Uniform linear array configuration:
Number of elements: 24
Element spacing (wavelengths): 0.75
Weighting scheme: blackman
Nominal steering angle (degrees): -15
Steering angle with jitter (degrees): -15.433
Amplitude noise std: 0.05
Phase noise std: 0.05

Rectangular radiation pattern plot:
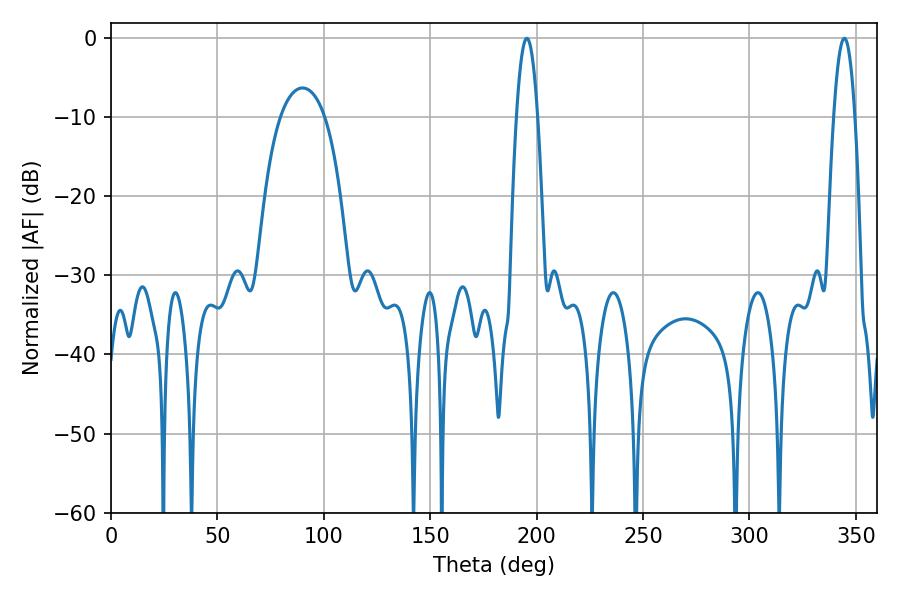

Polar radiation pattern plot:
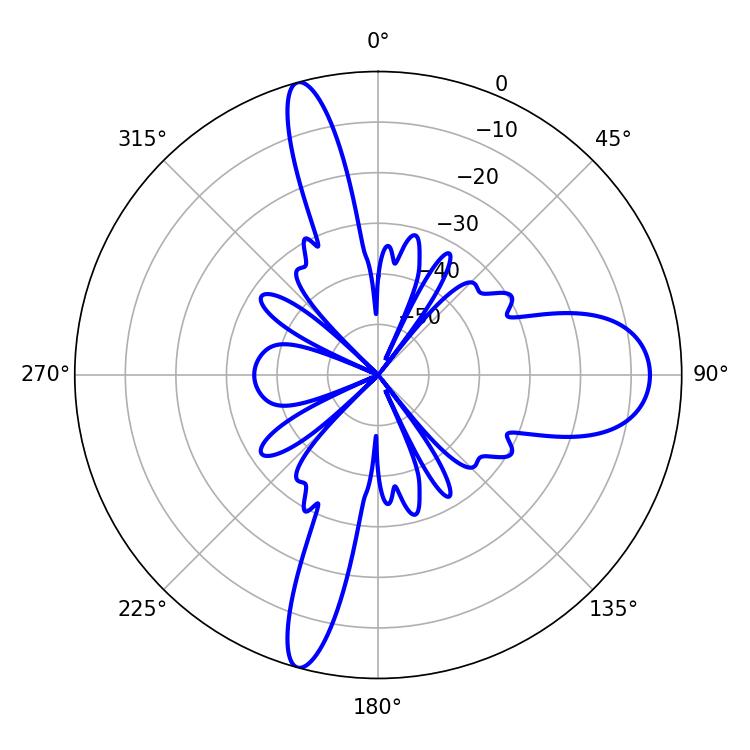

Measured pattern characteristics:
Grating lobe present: TRUE
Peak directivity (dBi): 19.162
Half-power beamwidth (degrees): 5.4
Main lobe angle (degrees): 195.48